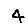
Digit: 4